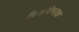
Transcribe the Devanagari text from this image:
विश्वविषयक